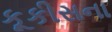
કૂકીસના